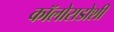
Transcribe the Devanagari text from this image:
कॉलोराडोशी